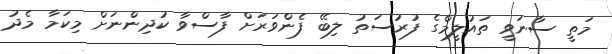
މަތީ ސާނަވީ ތައުލީމްގެ ފުރުސަތު ލިބޭ ފެންވަރަށް ފާސްވާ ކުދިންނަށް މިކަމާ މެދު